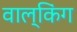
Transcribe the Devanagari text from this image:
वाल्किंग